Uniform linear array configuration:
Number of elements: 12
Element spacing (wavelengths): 1
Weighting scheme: binomial
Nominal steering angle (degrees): -45
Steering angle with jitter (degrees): -43.885
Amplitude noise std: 0.05
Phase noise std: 0.05

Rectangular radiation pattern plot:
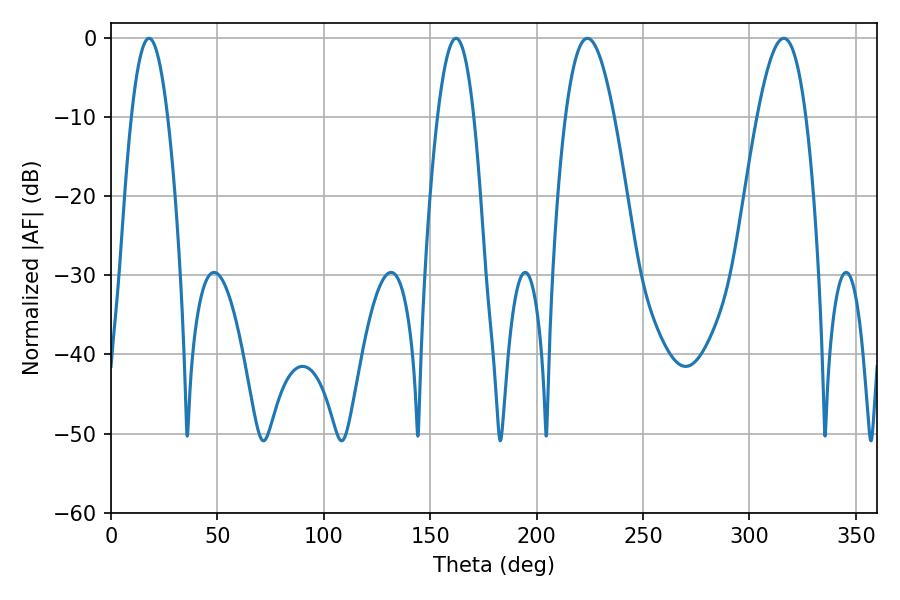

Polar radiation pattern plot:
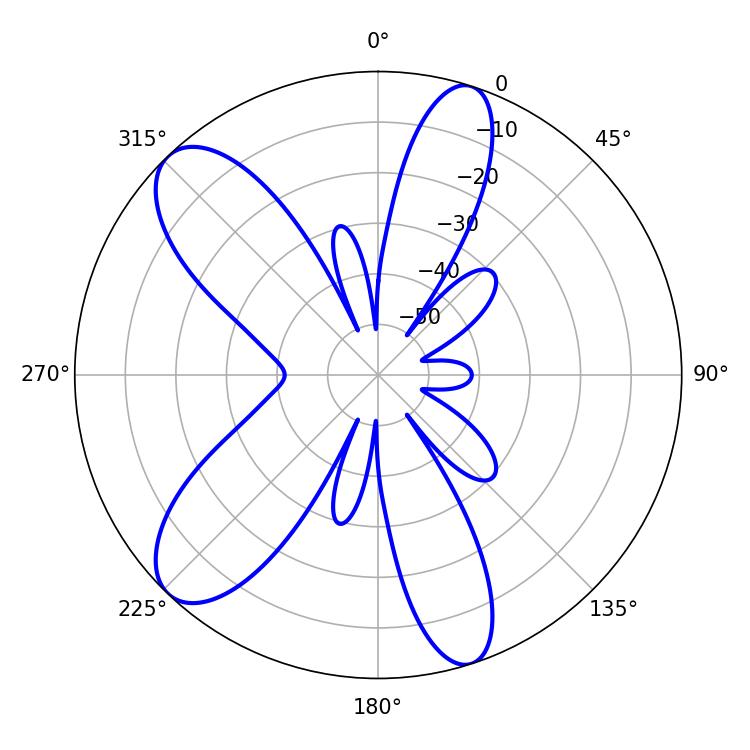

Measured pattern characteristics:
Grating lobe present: TRUE
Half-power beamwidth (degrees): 12.42
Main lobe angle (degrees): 316.08